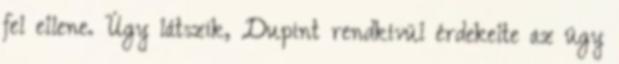
fel ellene. Úgy látszik, Dupint rendkívül érdekelte az ügy